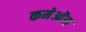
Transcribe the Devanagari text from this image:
कमेओंस